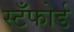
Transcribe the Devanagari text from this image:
स्टँफोर्ड